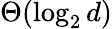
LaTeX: \Theta(\log_{2}d)